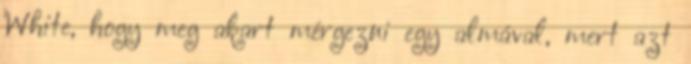
White, hogy meg akart mérgezni egy almával, mert azt